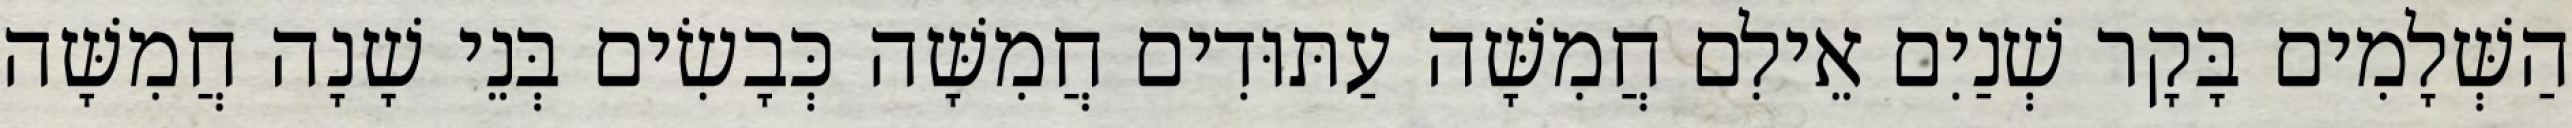
הַשְּׁלָמִים בָּקָר שְׁנַיִם אֵילִם חֲמִשָּׁה עַתּוּדִים חֲמִשָּׁה כְּבָשִׂים בְּנֵי שָׁנָה חֲמִשָּׁה